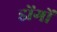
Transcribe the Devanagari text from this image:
डोंगों